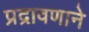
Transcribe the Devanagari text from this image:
प्रद्रावणाने